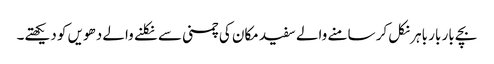
بچے بار بار باہر نکل کر سامنے والے سفید مکان کی چمنی سے نکلنے والے دھویں کو دیکھتے۔